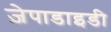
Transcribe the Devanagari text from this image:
ज़ेपाडाइडी